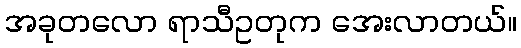
အခုတလော ရာသီဥတုက အေးလာတယ်။